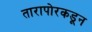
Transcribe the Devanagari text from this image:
तारापोरकडून